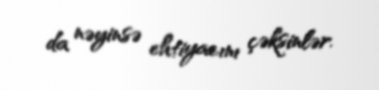
da nəyinsə ehtiyacını çəksinlər.